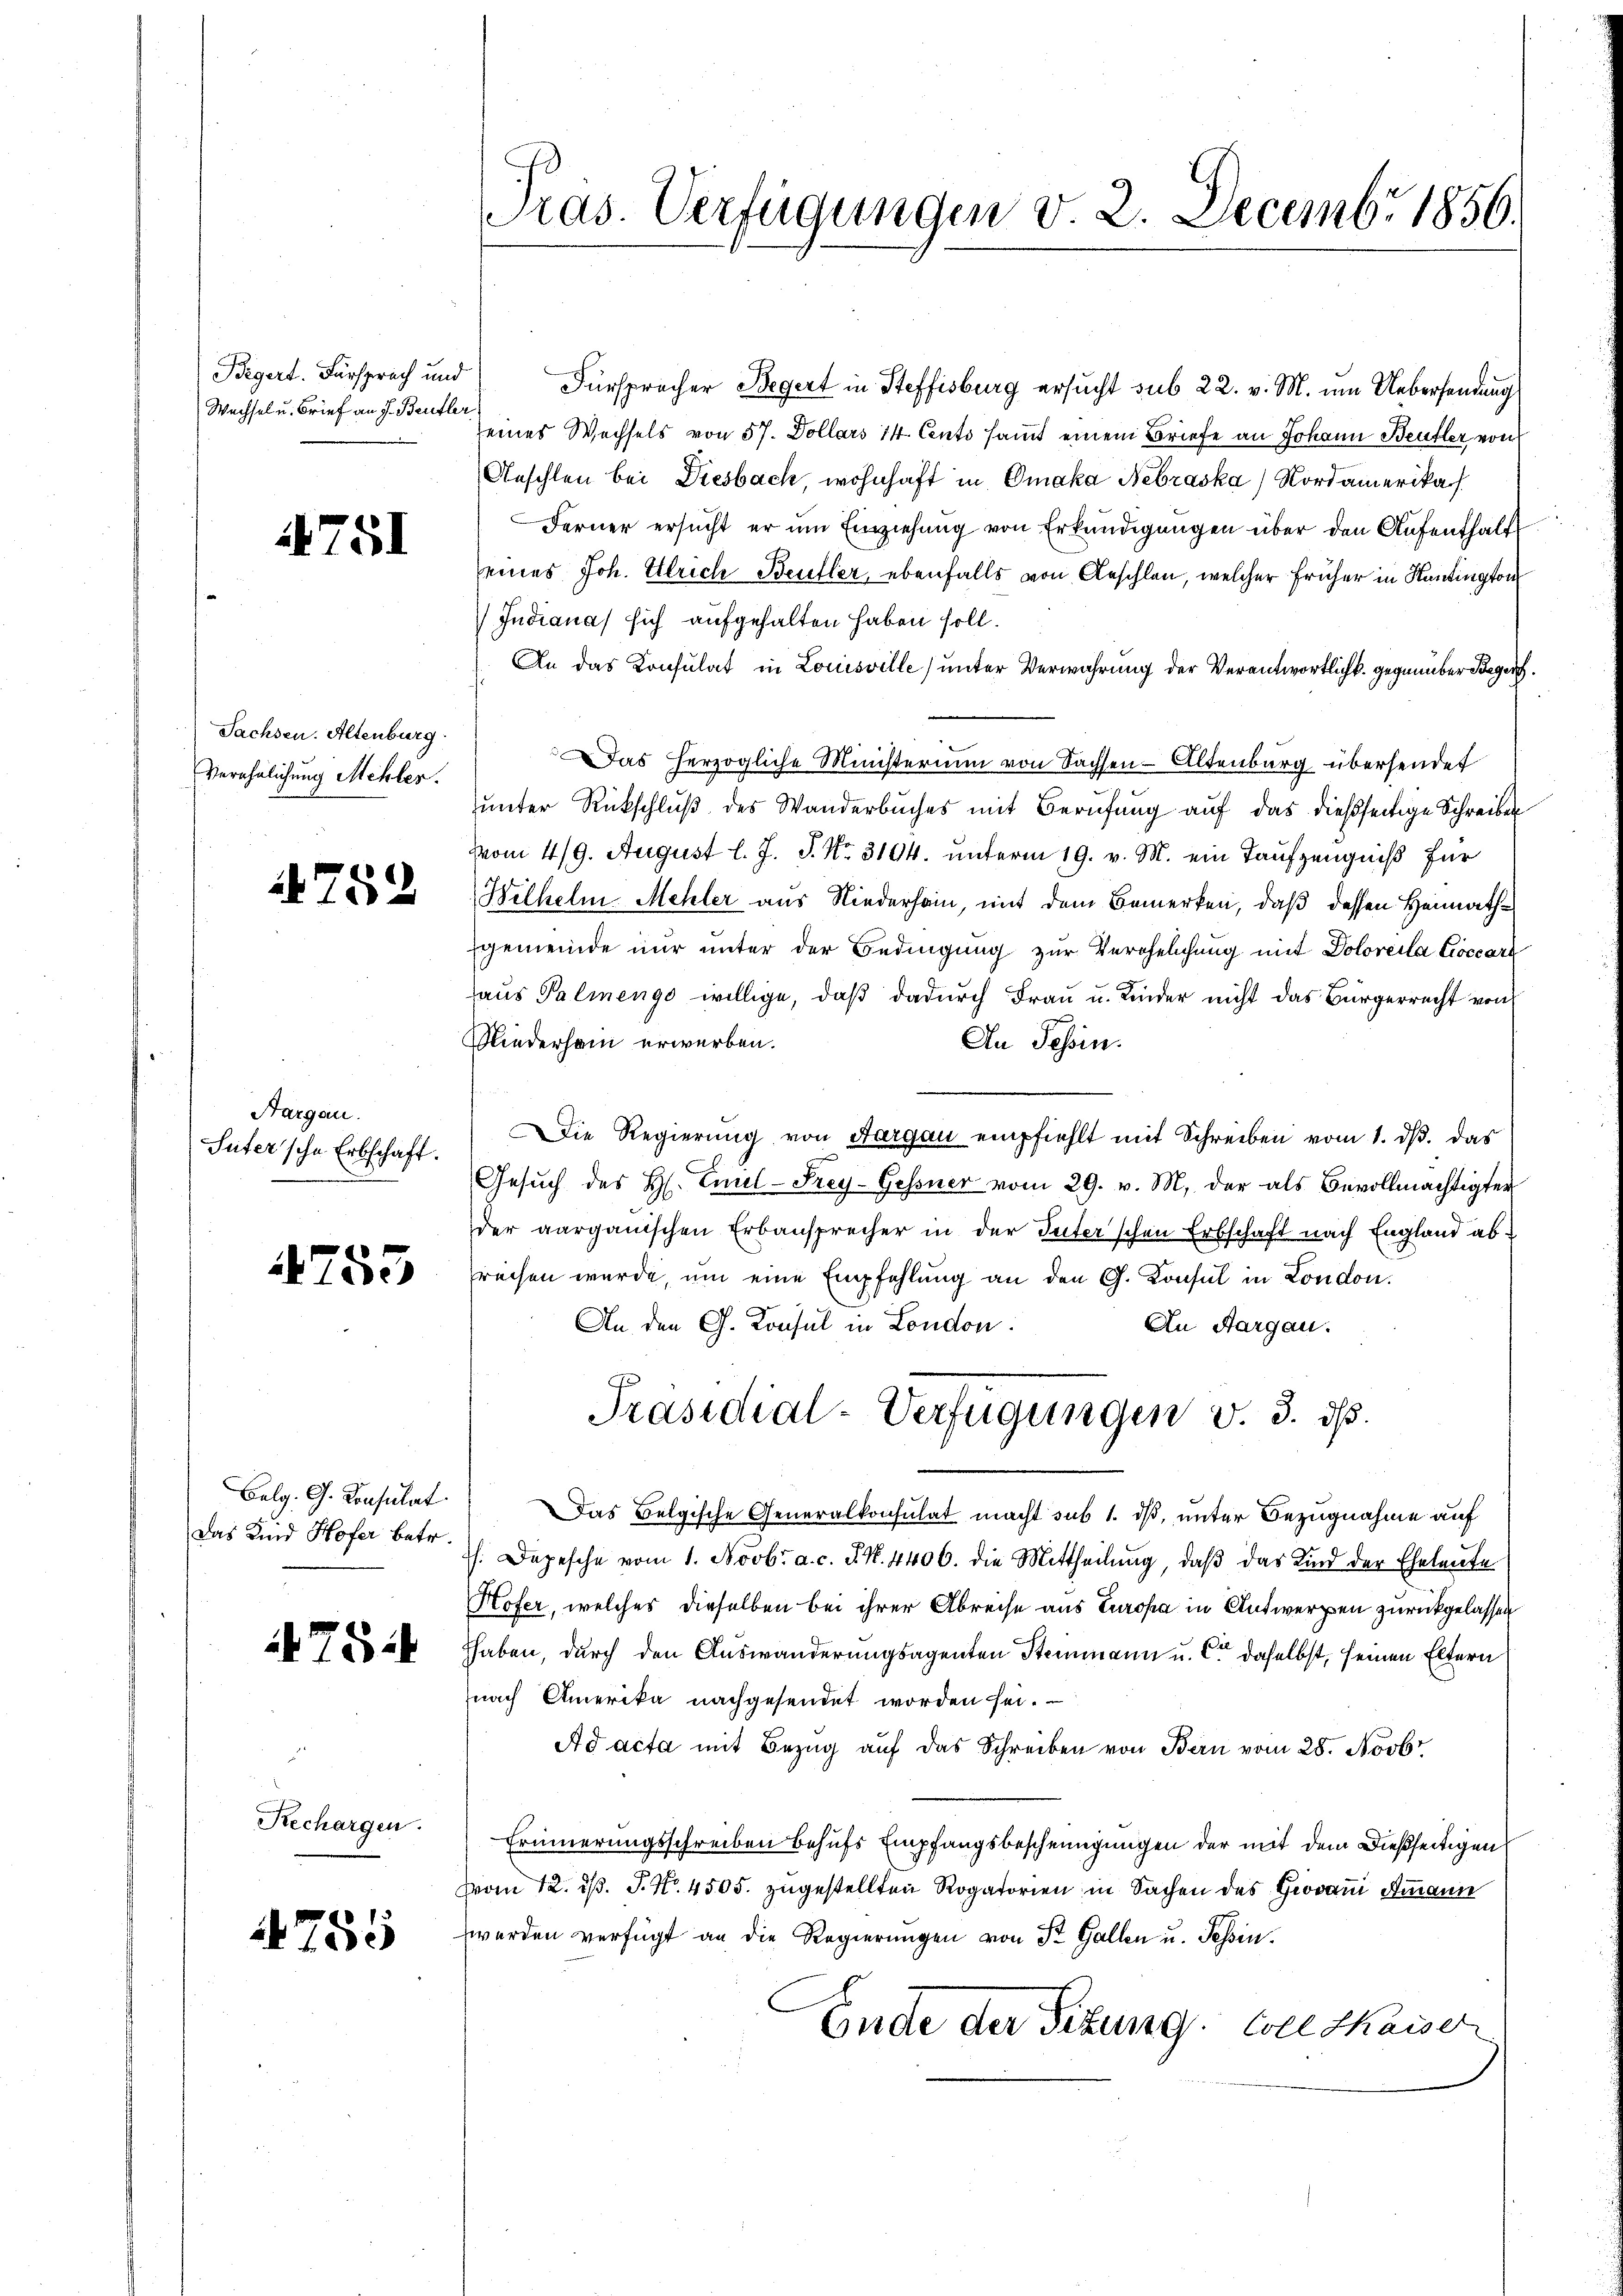
Begert. Fürsprach und
Wechsel u. Brief an J. Beufle

4751

Sachsen. Altenburg.
Verehelichung Mehler.

752

Aargau.
Suter sche Erbschaft.

4755

Belg. G. Konsulat
Das und Hofer betr.

75:

Rechargen.

4755

as. Verfügungen v. 2. Decembr 1856.

Fürspracher Begert in Steffisburg ersucht sub 22. v. M. um Uebersendung
4
eines Wechsels von 57. Dollars 14. Cents sammt einem Briefe an Johann Beufler von
Aeschlen bei Diesbach wohnhaft in Omaka Nebraska) Nordamerika
Ferner ersucht er um Einziehung von Erkundigungen über den Aufenthalt
eines Joh. Ulrich Beufler, ebenfalls von Aeschlan, welcher früher in Kantington
Indiana sich aufgehalten haben soll.
An das Konsulat in Louisville) unter Verwahrung der Verantwortlichk. gegenüber Beger
Das herzogliche Ministerium von Sachsen-Altenburg übersendet
ŭnter Rückschlŭβ des Wanderbŭches mit Berŭfŭng aŭf das dießseitige Schreiben
vom 4/9. August l. J. J. No. 3104. unterm 19. v. M. ein Taufzeugniß für
Belhelm Mehler aus Niederhein, mit dem Bemerken, daß dessen Heimathgemeinde nur unter der Bedingung zur Verehelichung mit Doloreila Lossart
haus Palmenge willige, daß dadurch Frau u. Kinder nicht das Bürgerrecht von
Miederham erwerben.
An Tessin.
Die Regierŭng von Aargau empfiehlt mit Schreiben vom 1. dβ. das
Gesŭch des H. Emel-Frey-Gessner vom 29. v. M. der als Bevollmächtigter
der aarganischen Erbansprecher in der Suter'schen Erbschaft nach England abrechen wurde, um eine Empfehlung an den G. Konsul in London.
An Aargau.
An den G. Konsul in London.
Präsidial-Verfügungen v. 3. ds.
Das Belgische Generalkonsulat macht sub 1. dß, unter Bezugnahme auf
. Depesche vom 1. Novbr. a. c. J. N. 4406. die Mittheilŭng, daβ das Kind der Eheleute
Hofer, welches dieselben bei ihrer Abreise aus Europa in Antwerpen zurückgelassen
hhaben, durch den Auswanderungsagenten Steinmann u. Ce daselbst, seinen Eltern
nach Amerika nachgesendet worden sei.
Ad acta mit Bezug auf das Schreiben von Bern vom 28. Novbr.
Erinnerungsschreiben behufs Empfangsbescheinigungen der mit dem Dießseitigen
vom 12. d. J. N. 4505. zugestellten Rogatorien in Sachen des Giovani Ammann
werden verfügt an die Regierungen von St. Gallen u. Tessin.
Ende der Sitzung. Soll Kaiser